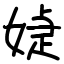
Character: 媫